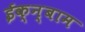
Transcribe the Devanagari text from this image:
ईक्न्बाम